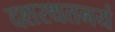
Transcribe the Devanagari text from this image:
दशरथतनयं